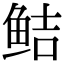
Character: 鲒